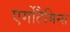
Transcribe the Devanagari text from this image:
एर्गोटैमिन्स